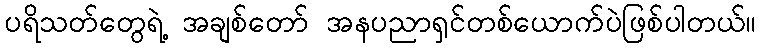
ပရိသတ်တွေရဲ့ အချစ်တော် အနပညာရှင်တစ်ယောက်ပဲဖြစ်ပါတယ်။